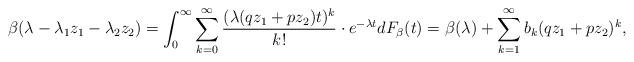
LaTeX: \begin{align*}\beta(\lambda-\lambda_1 z_1-\lambda_2 z_2)=\int_0^{\infty}\sum_{k=0}^{\infty}\frac{(\lambda(q z_1+p z_2)t)^k} {k!}\cdot e^{-\lambda t} dF_{\beta}(t)=\beta(\lambda)+\sum_{k=1}^{\infty} b_k (q z_1+p z_2)^k, \end{align*}